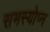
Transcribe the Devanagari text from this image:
समस्योप्न